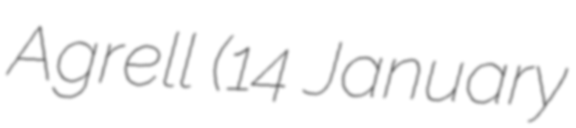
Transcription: Agrell (14 January